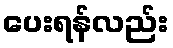
ပေးရန်လည်း